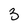
Character: 3